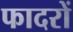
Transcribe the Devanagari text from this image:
फादरों